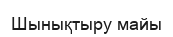
Шынықтыру майы